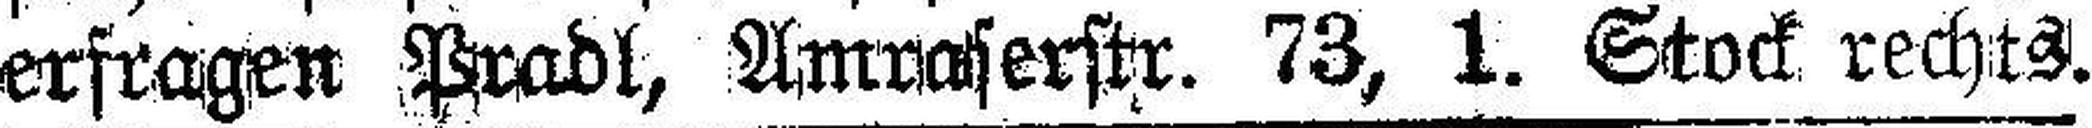
erfragen Pradl, Amnaserstr. 73, 1. Stock rechts.